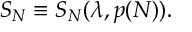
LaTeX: S _ { N } \equiv S _ { N } ( \lambda , p ( N ) ) .